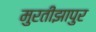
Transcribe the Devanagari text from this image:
मुरतीझापुर